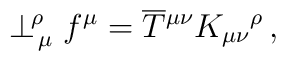
\perp^{\!\rho}_{\,\mu} f^\mu=\overline T{^{\mu\nu}} K_{\mu\nu}{^\rho}\, ,